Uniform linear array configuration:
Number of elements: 8
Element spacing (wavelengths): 0.75
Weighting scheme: cosine
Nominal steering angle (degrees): -15
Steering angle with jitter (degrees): -14.126
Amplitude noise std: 0.05
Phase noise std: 0.05

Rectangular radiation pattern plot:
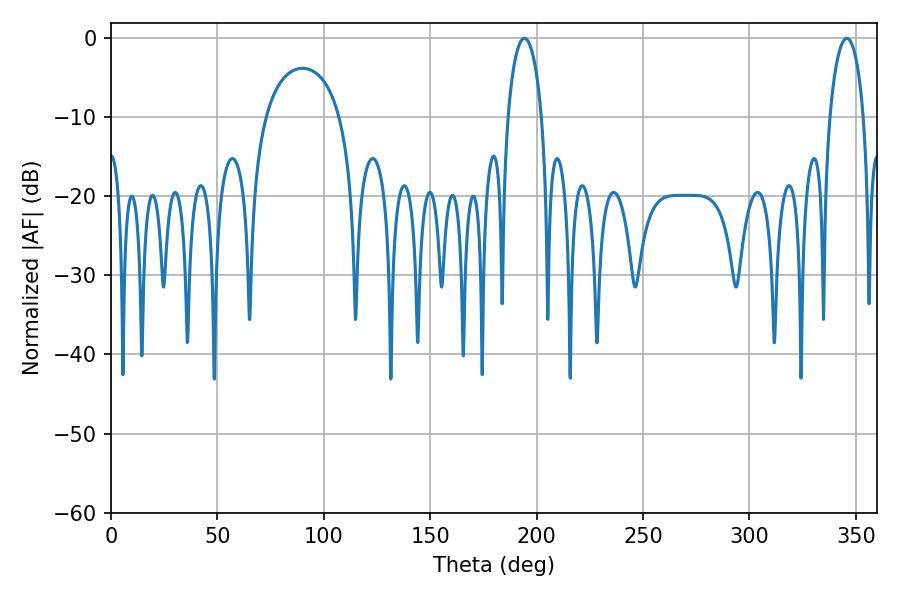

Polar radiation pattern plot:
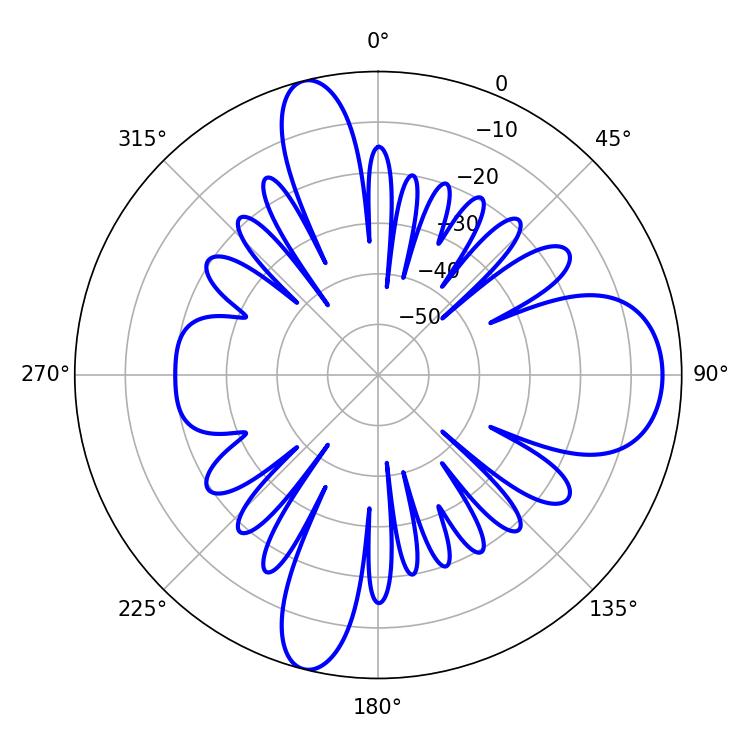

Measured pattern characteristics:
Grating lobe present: TRUE
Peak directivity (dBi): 12.998
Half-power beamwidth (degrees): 9.18
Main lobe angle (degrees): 194.22